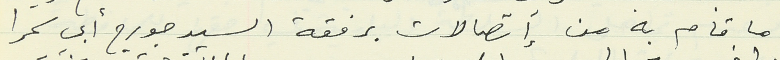
ما قام به من إتصالات برفقة السيد جورج أبي سمرا